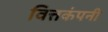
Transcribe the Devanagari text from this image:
वित्तकंपनी